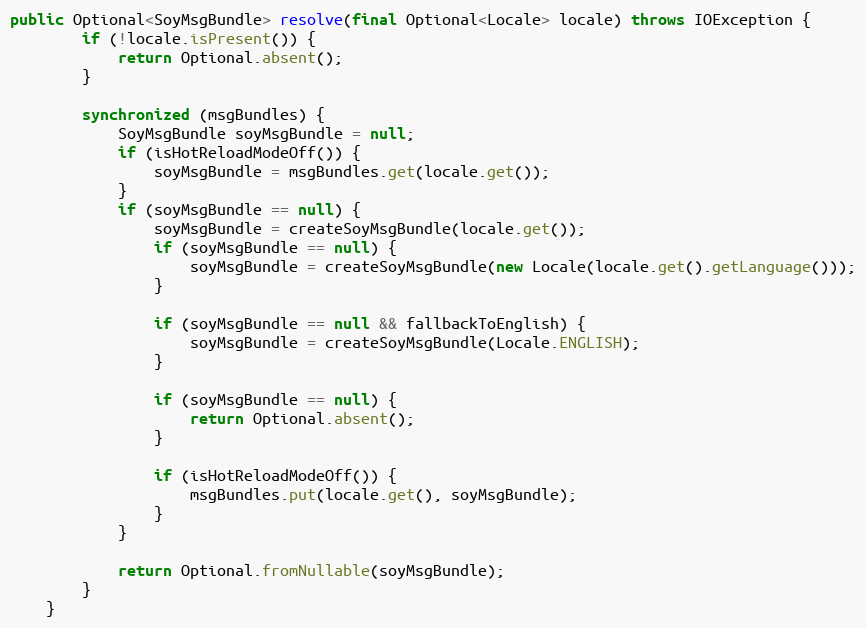
Language: Java
public Optional<SoyMsgBundle> resolve(final Optional<Locale> locale) throws IOException {
        if (!locale.isPresent()) {
            return Optional.absent();
        }

        synchronized (msgBundles) {
            SoyMsgBundle soyMsgBundle = null;
            if (isHotReloadModeOff()) {
                soyMsgBundle = msgBundles.get(locale.get());
            }
            if (soyMsgBundle == null) {
                soyMsgBundle = createSoyMsgBundle(locale.get());
                if (soyMsgBundle == null) {
                    soyMsgBundle = createSoyMsgBundle(new Locale(locale.get().getLanguage()));
                }

                if (soyMsgBundle == null && fallbackToEnglish) {
                    soyMsgBundle = createSoyMsgBundle(Locale.ENGLISH);
                }

                if (soyMsgBundle == null) {
                    return Optional.absent();
                }

                if (isHotReloadModeOff()) {
                    msgBundles.put(locale.get(), soyMsgBundle);
                }
            }

            return Optional.fromNullable(soyMsgBundle);
        }
    }